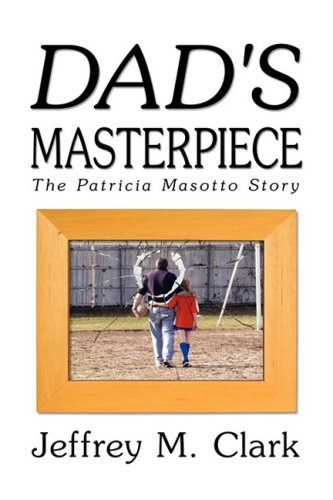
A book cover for Dad's Masterpiece: The Patricia Masotto Story; Jeff Clark; Children's Books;